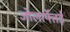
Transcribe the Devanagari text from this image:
जोलार्पेत्तई